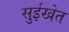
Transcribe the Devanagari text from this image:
सुईखेत